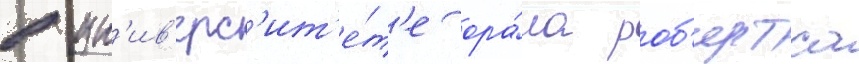
в ун'ив'ерс'ит'е́т'е ора́ла роб'ертса